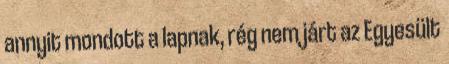
annyit mondott a lapnak, rég nem járt az Egyesült